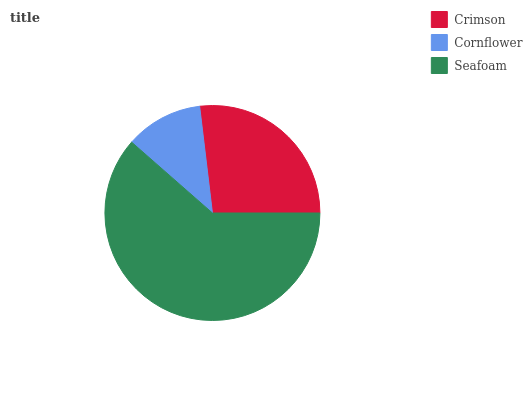
| Crimson | Cornflower | Seafoam |
 | --- | --- | --- |
 | 26.9% | 11.7% | 61.4% |